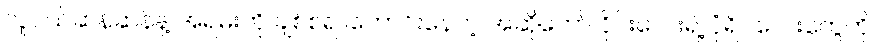
လူငယ်ဆန်ဆန်နဲ့ အရမ်းကို ချစ်စရာကောင်းနေတဲ့ အဆိုတော် ဝိုင်းလေးရဲ့ ပုံရိပ်လေးတွေကို